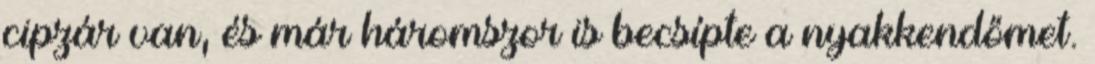
cipzár van, és már háromszor is becsípte a nyakkendőmet.